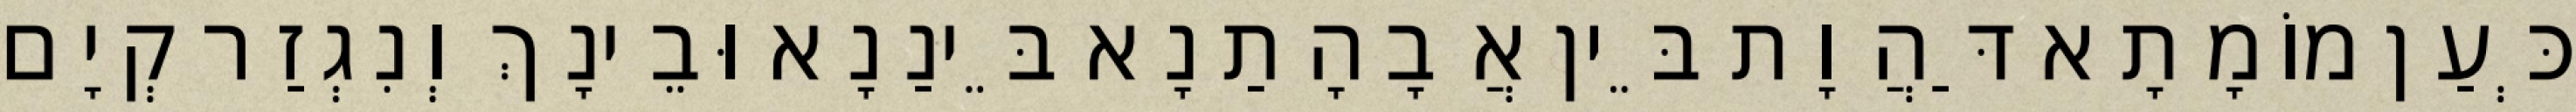
כְּעַן מוֹמָתָא דַּהֲוָת בֵּין אֲבָהָתַנָא בֵּינַנָא וּבֵינָךְ וְנִגְזַר קְיָם